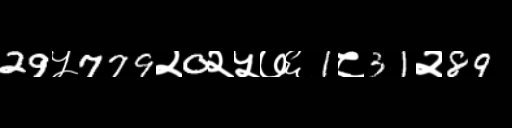
Text: 29५779२0२५७६1८31२89